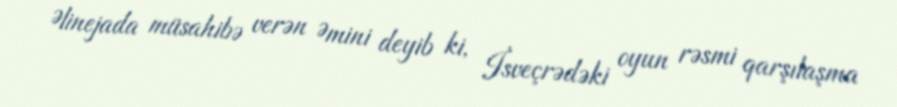
Əlinejada müsahibə verən Əmini deyib ki, İsveçrədəki oyun rəsmi qarşılaşma